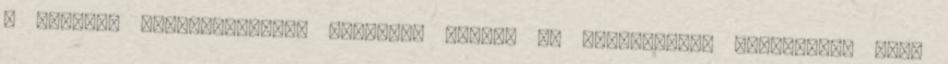
a fejlett társadalmakban lehetővé tették az előrejutási versenyben való